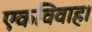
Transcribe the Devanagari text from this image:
एकविवाह।